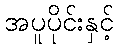
အပူပိုင်းနှင့်